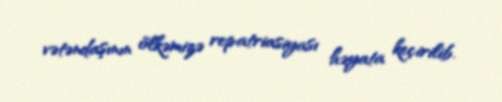
vətəndaşının ölkəmizə repatriasiyası həyata keçirilib.